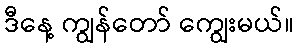
ဒီနေ့ ကျွန်တော် ကျွေးမယ်။